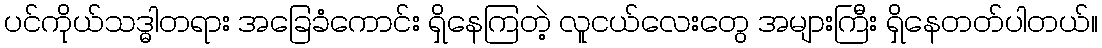
ပင်ကိုယ်သဒ္ဓါတရား အခြေခံကောင်း ရှိနေကြတဲ့ လူငယ်လေးတွေ အများကြီး ရှိနေတတ်ပါတယ်။